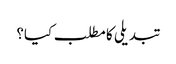
تبدیلی کا مطلب کیا؟